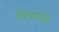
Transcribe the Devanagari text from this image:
सिलगावा